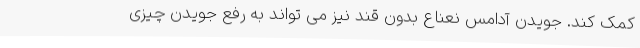
کمک کند. جویدن آدامس نعناع بدون قند نیز می تواند به رفع جویدن چیزی